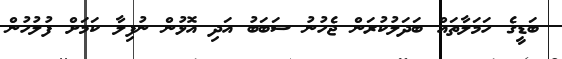
ބަޑީގެ ހަމަލާތައް ބަދަލުކުރަން ޖެހުނު ސަބަބު އަދި އޮޅުން ނުފިލާ ކަމަށް ފުލުހުން